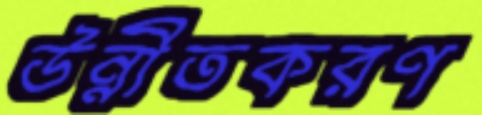
উন্নীতকরণ